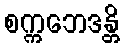
စက္ကဘေဒန္တိ